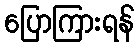
ပြောကြားရန်